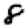
Digit: 8